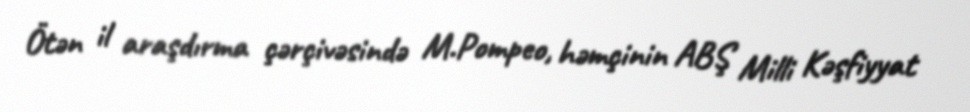
Ötən il araşdırma çərçivəsində M.Pompeo, həmçinin ABŞ Milli Kəşfiyyat